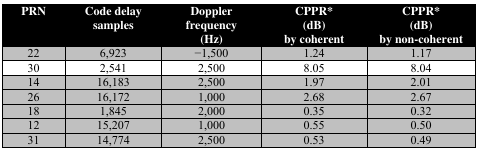
| PRN | Code delay samples | Doppler frequency (Hz) | CPPR* (dB) by coherent | CPPR* (dB) by non-coherent |
 | --- | --- | --- | --- | --- |
 | 22 | 6,923 | −1,500 | 1.24 | 1.17 |
 | 30 | 2,541 | 2,500 | 8.05 | 8.04 |
 | 14 | 16,183 | 2,500 | 1.97 | 2.01 |
 | 26 | 16,172 | 1,000 | 2.68 | 2.67 |
 | 18 | 1,845 | 2,000 | 0.35 | 0.32 |
 | 12 | 15,207 | 1,000 | 0.55 | 0.50 |
 | 31 | 14,774 | 2,500 | 0.53 | 0.49 |